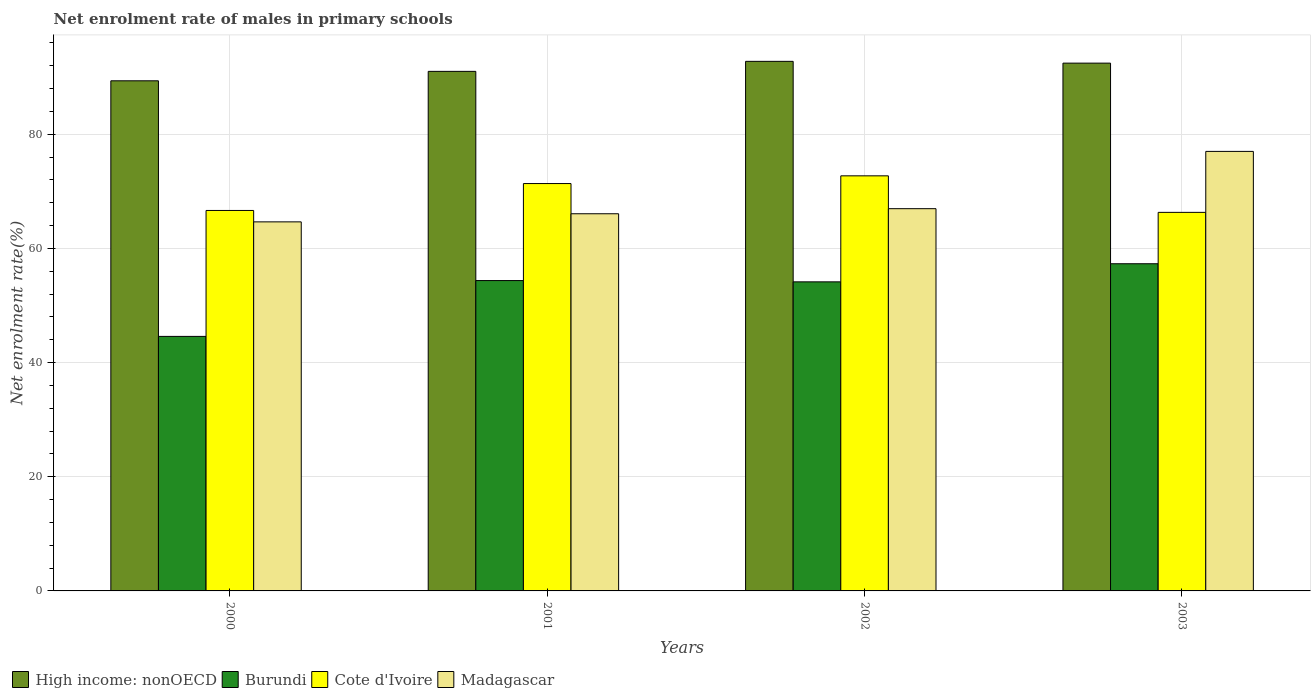
| Years | High income: nonOECD | Burundi | Cote d'Ivoire | Madagascar |
 | --- | --- | --- | --- | --- |
 | 2000 | 89.4 | 44.6 | 66.7 | 64.7 |
 | 2001 | 91 | 54.4 | 71.4 | 66.1 |
 | 2002 | 92.8 | 54.2 | 72.7 | 67 |
 | 2003 | 92.5 | 57.3 | 66.3 | 77 |